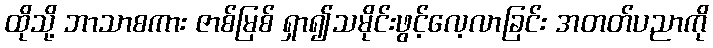
ထိုသို့ ဘာသာစကား ဇာစ်မြစ် ရှာ၍သမိုင်းဖွင့်လေ့လာခြင်း အတတ်ပညာကို